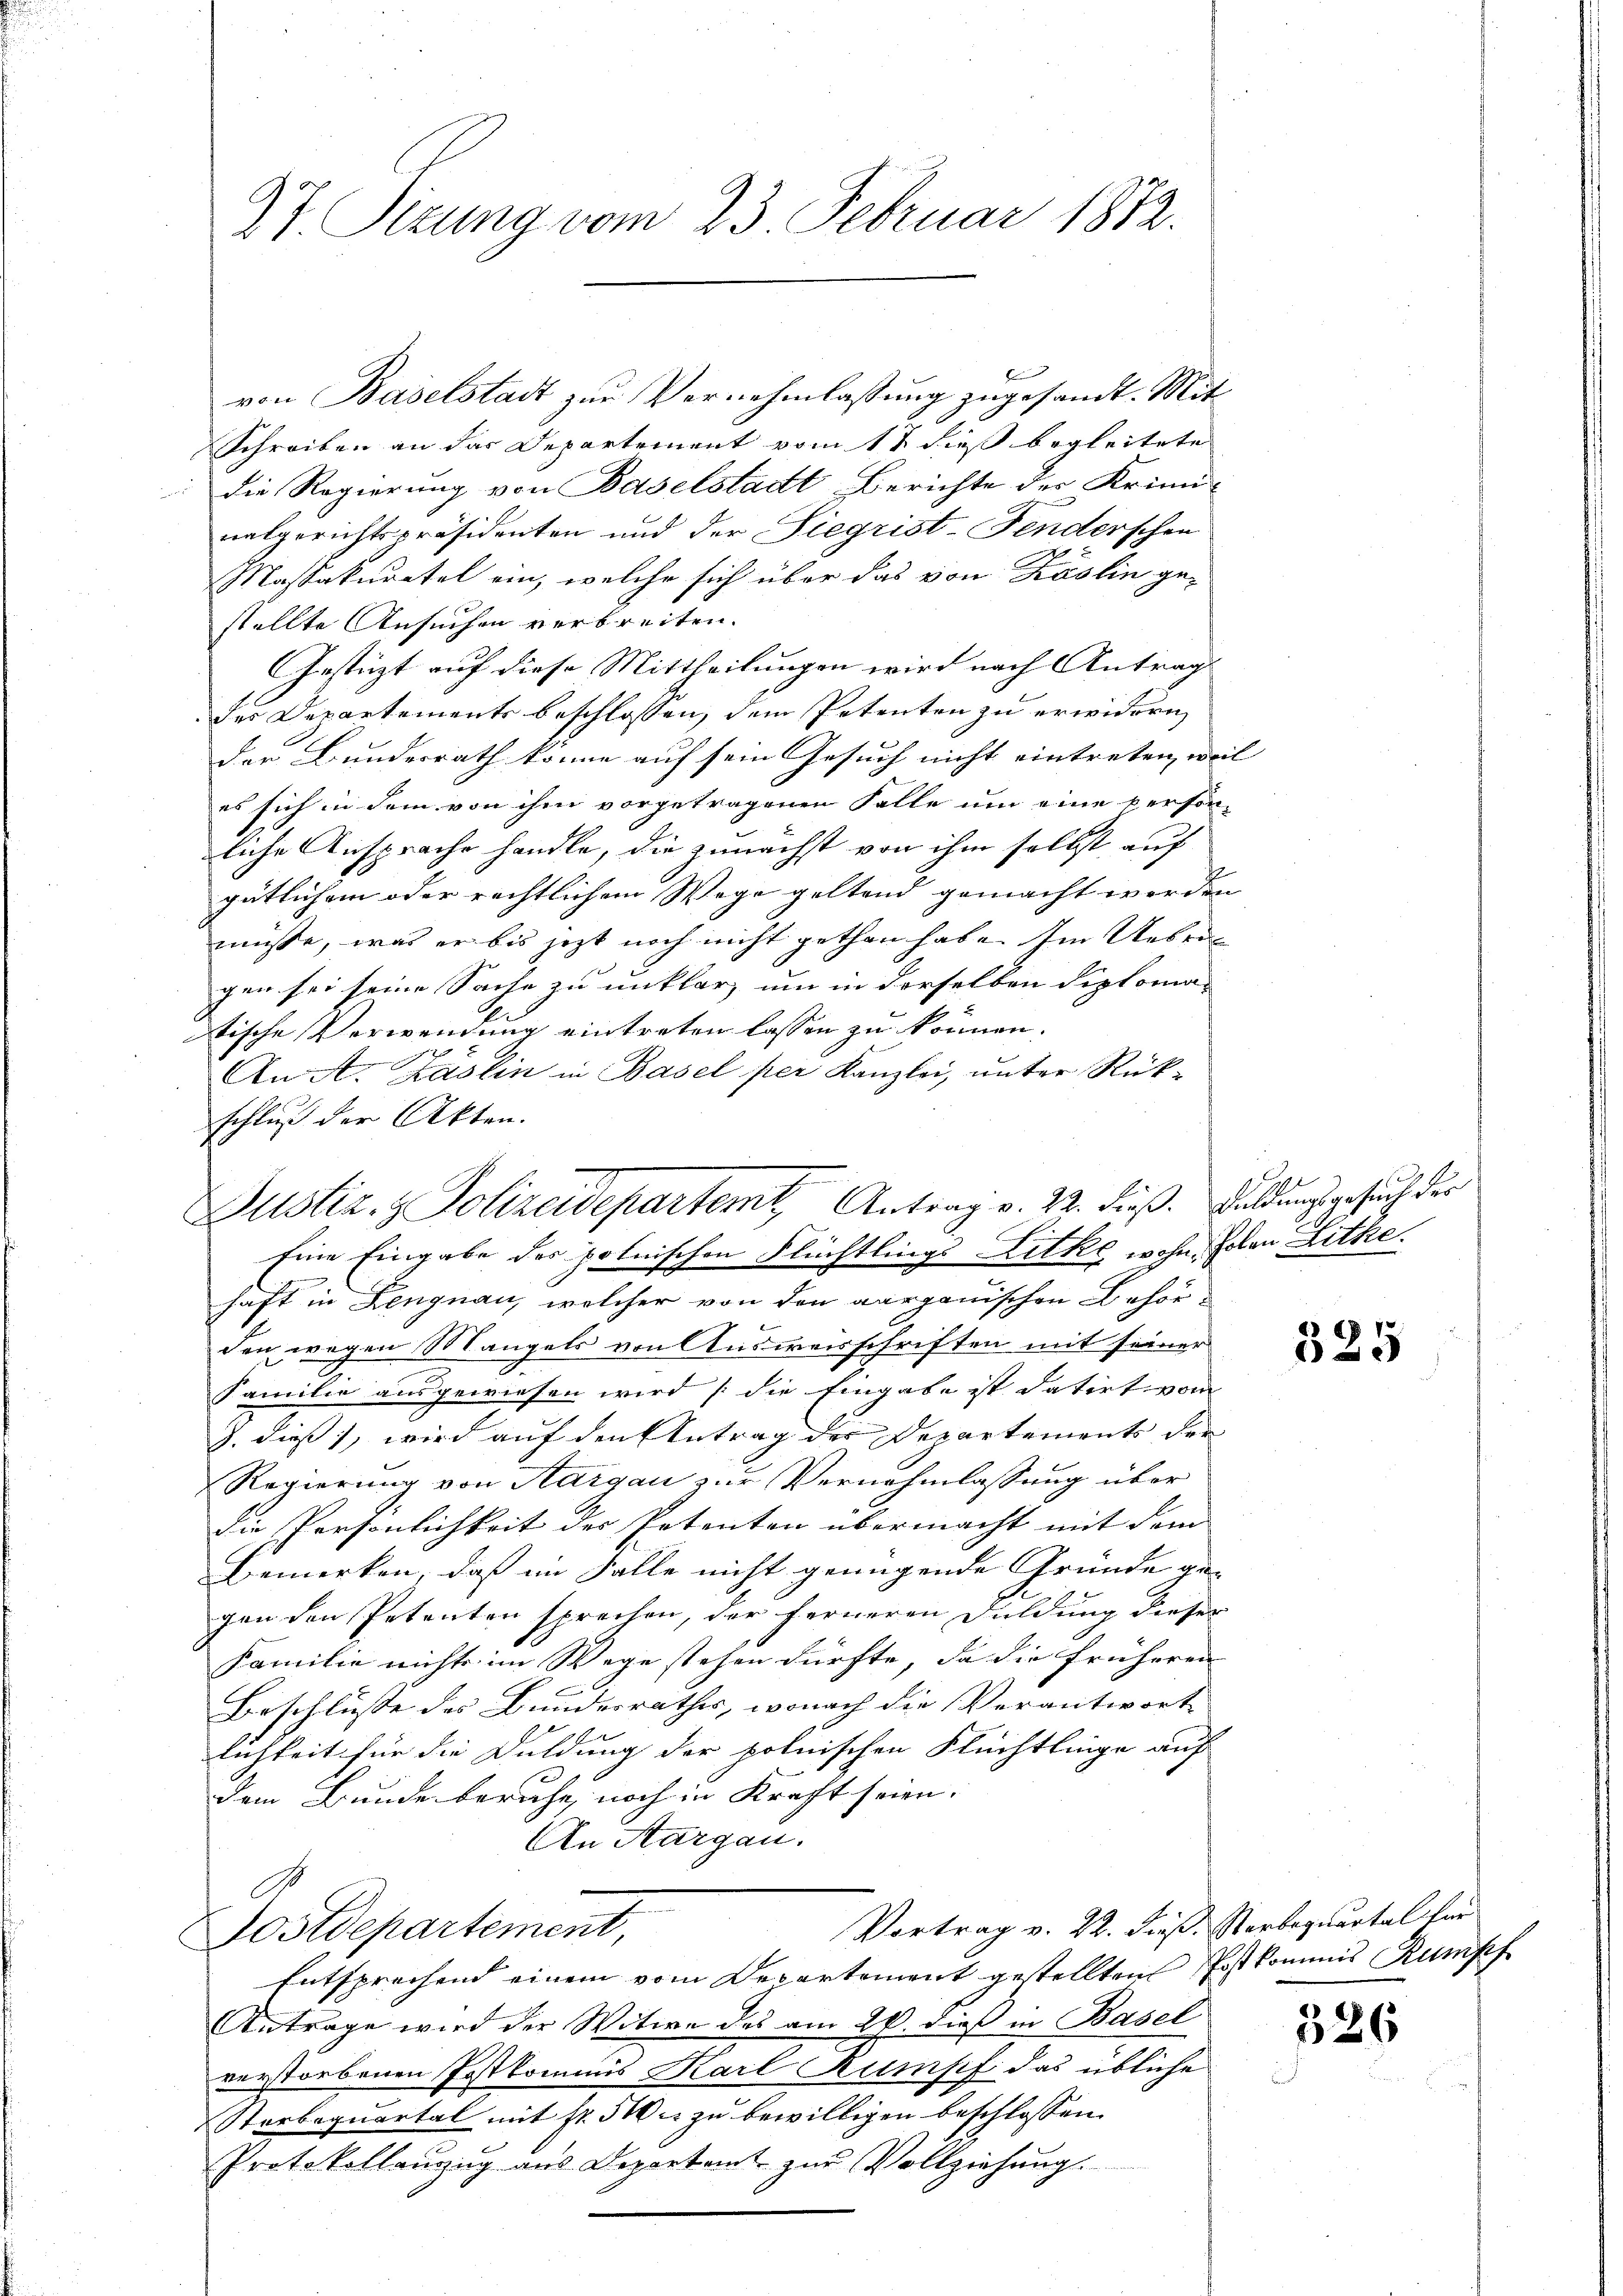
von Baselstadt zur Vernehmlassung zugesandt. Mit
Schreiben an das Departement vom 17 dieß begleitete
die Regierung von Baselstadt Berichte der Krimi-
nalgerichtspräsidenten und der Siegrist-Fenderschen
Massakuratel ein, welche sich über das von Käslin gestellte Ansuchen verbreiten.
Gestützt auf diese Mittheilungen wird nach Antrag
der Departements beschlossen, dem Petenten zu erwidern,
der Bundesrath könne auf sein Gesuch nicht eintreten, weil
es sich in dem von ihm vorgetragenen Falle um eine person-
liche Ansprache handle, die zunächst von ihm selbst auf
gütlichem oder rechtlichem Wege geltend gemacht werden |
müsse, was er bis jetzt noch nicht gethan habe. Im Ueber
gen sei seine Sache zu unklar, um in derselben Diploma-
tische Verwendung eintreten lassen zu können.
An A. Zäslin in Basel per Kanzlei, unter Rückschluß der Akten.
Eine Eingabe des polnischen Flüchtlings Litke wohn, folen Lithe
haft in Lengnau, welcher von den aargauischen Behörden wegen Mangels von Ausweisschriften mit seiner
Familie ausgewiesen wird (die Eingabe ist datirt, vom
J. dieß, wird auf den Antrag der Departements der
Regierung von Aargau zur Vernehmlassung über
die Persönlichkeit der Petenten übermacht mit dem
Bemerken, daß im Falle nicht genügende Gründe gegen den Petenten sprechen, der ferneren Duldung dieser
Familie nichts im Wege stehen dürfte, da die früheren
Beschlüsse des Bundesrathes, wonach die Verantworte
lichkeit für die Duldung der polnischen Flüchtlinge auf
dem Bunde beruhe, noch in Kraft seien.
An Aargau.
Vortrag v. 22. dieß. Vorbequartal für
Postdepartement,
Entsprechend einem vom Departement gestellten Postkommis Rumpf
Antrage wird der Witwe des am 26. dieß in Basel
verstorbenen Postkommis Karl Rumpf das übliche
Starboquartal mit fr. 500 u. zu bewilligen beschlossen.
Protokollanzug aus Departamt zur Vollziehung.

27 Sizung vom 23. Februar 1872.

Justiz- & Polizeidepartemt, Antrag v. 22. dieß. Duldung gesuch der

325

326